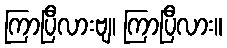
ကြာပြီလားဗျ၊ ကြာပြီလား။